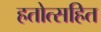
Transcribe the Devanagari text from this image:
हतोत्सहित